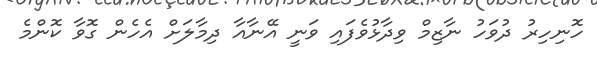
ހޮނިހިރު ދުވަހު ނާޒިމް ވިދާޅުވެފައި ވަނީ އޭނާއާ ދިމާލަށް އެހެން ގޮވާ ކޮންމެ